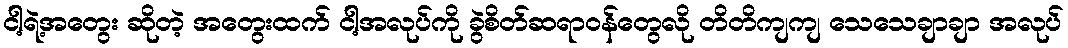
ငါ့ရဲ့အတွေး ဆိုတဲ့ အတွေးထက် ငါ့အလုပ်ကို ခွဲစိတ်ဆရာဝန်တွေလို တိတိကျကျ သေသေချာချာ အလုပ်